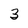
Character: 3